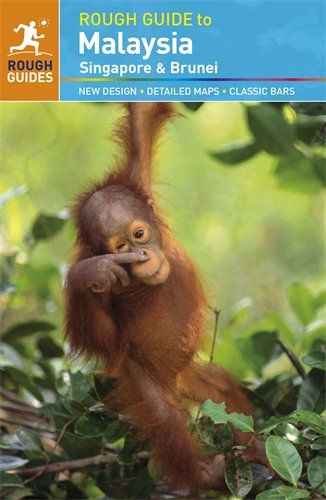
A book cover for The Rough Guide to Malaysia, Singapore & Brunei; David Leffman; Travel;